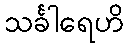
သင်္ခါရေဟိ